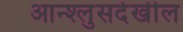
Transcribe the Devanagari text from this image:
आन्श्लुसदेखील